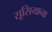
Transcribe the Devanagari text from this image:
सूसियाना